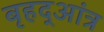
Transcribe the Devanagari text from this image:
बृहद्आंत्र